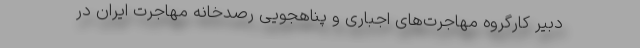
دبیر کارگروه مهاجرت‌های اجباری و پناهجویی رصدخانه مهاجرت ایران در